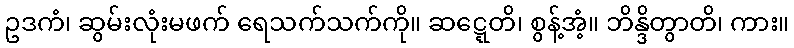
ဥဒကံ၊ ဆွမ်းလုံးမဖက် ရေသက်သက်ကို။ ဆဋ္ဋေတိ၊ စွန့်အံ့။ ဘိန္ဒိတွာတိ၊ ကား။